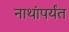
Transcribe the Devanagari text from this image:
नाथांपर्यंत